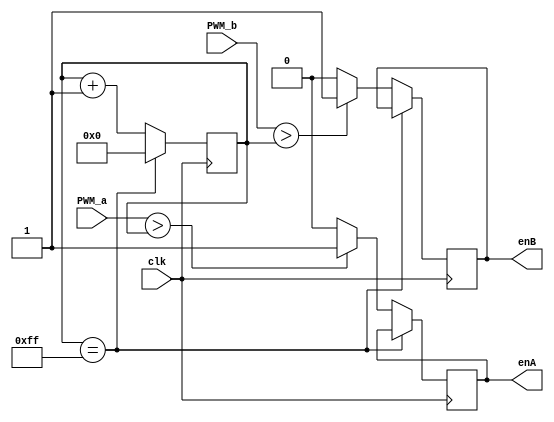
`timescale 1ns / 1ps

// PWM CODE

// FOR DC MOTOR USE!!!
module PWM(
	input clk,
	input [7:0] PWM_a,  // pwm inputs modify percentage times on/off for enable bits
	input [7:0] PWM_b,	// these inputs decided by state machine / rover_movement module

	output reg enA, // enA/B are on or off based on duty cycles.
	output reg enB	// duty cycles detail what % of time (/second)
					// the signal remains on.
					// 50 % --> [|||||||______], 1 second of time					
	);
	// UPDATE SECTION:
	//	changed count max to 255 so that frequency fluctuates more and should be more of an
	//	average speed than an updatey one

	localparam count_max = 255;	// don't know motor's time period, 255 for simplicity sake
	localparam PWM_max = 255;	// denominator in percentage variable


	reg [8:0] count = 0;	// can go past 100 million integer.
	// reg [8:0] Acount_off = 0;	//determines when PWM signal needs to be off in reference to count
	// reg [8:0] Bcount_off = 0; // NEEDS TO BE 35 BITS TO MULTIPLY 100 MIL * 255
	// reg [8:0] buffer = 0;
	

	always@(posedge clk)	// period (time between posedges) = 10 nanoseconds (100MHz frequency)
		begin // keeps track of counter increments and determines if en
			if(count == count_max)	// reach 100 million tics, set to 0
				count <= 0;
			else begin
				count <= count + 1;	// current time over a second
				
				enA <=  (PWM_a > count)? 1 : 0;
				enB <=  (PWM_b > count)? 1 : 0;
				// these are conditional enable settings.
				// if the count to go off is greater than timer, then signals are on. else off.
				// note, when PWM is updated, the counter doesn't restart. doesn't matter, this
						// miniscule difference shouldn't be noticed
			end
		end
		
endmodule